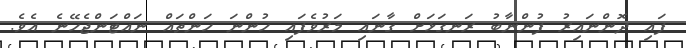
ފައި ދޮންނައިރު ފުންނާބު ރަނގަޅަށް ގާނައި މަރުވެފައި ހުންނަ ހަންތައް ނައްޓަންޖެހޭނެ އެވެ.